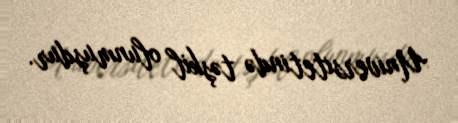
Universitetində təşkil olunmuşdur.